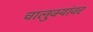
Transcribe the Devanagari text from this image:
चालुक्यांवर